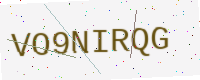
Text: VO9NIRQG